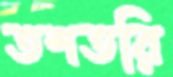
তশতরি